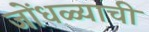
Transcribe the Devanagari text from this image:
जोंधळ्याची